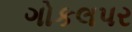
ગોકલપર